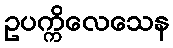
ဥပက္ကိလေသေန